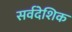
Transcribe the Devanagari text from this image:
सर्वदेशिक